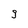
Character: 9